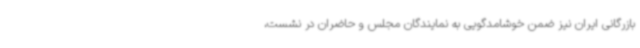
بازرگانی ایران نیز ضمن خوشامدگویی به نمایندگان مجلس و حاضران در نشست،